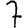
Digit: 7